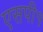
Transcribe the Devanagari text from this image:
एसपी१